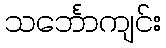
သင်္ဘောကျင်း